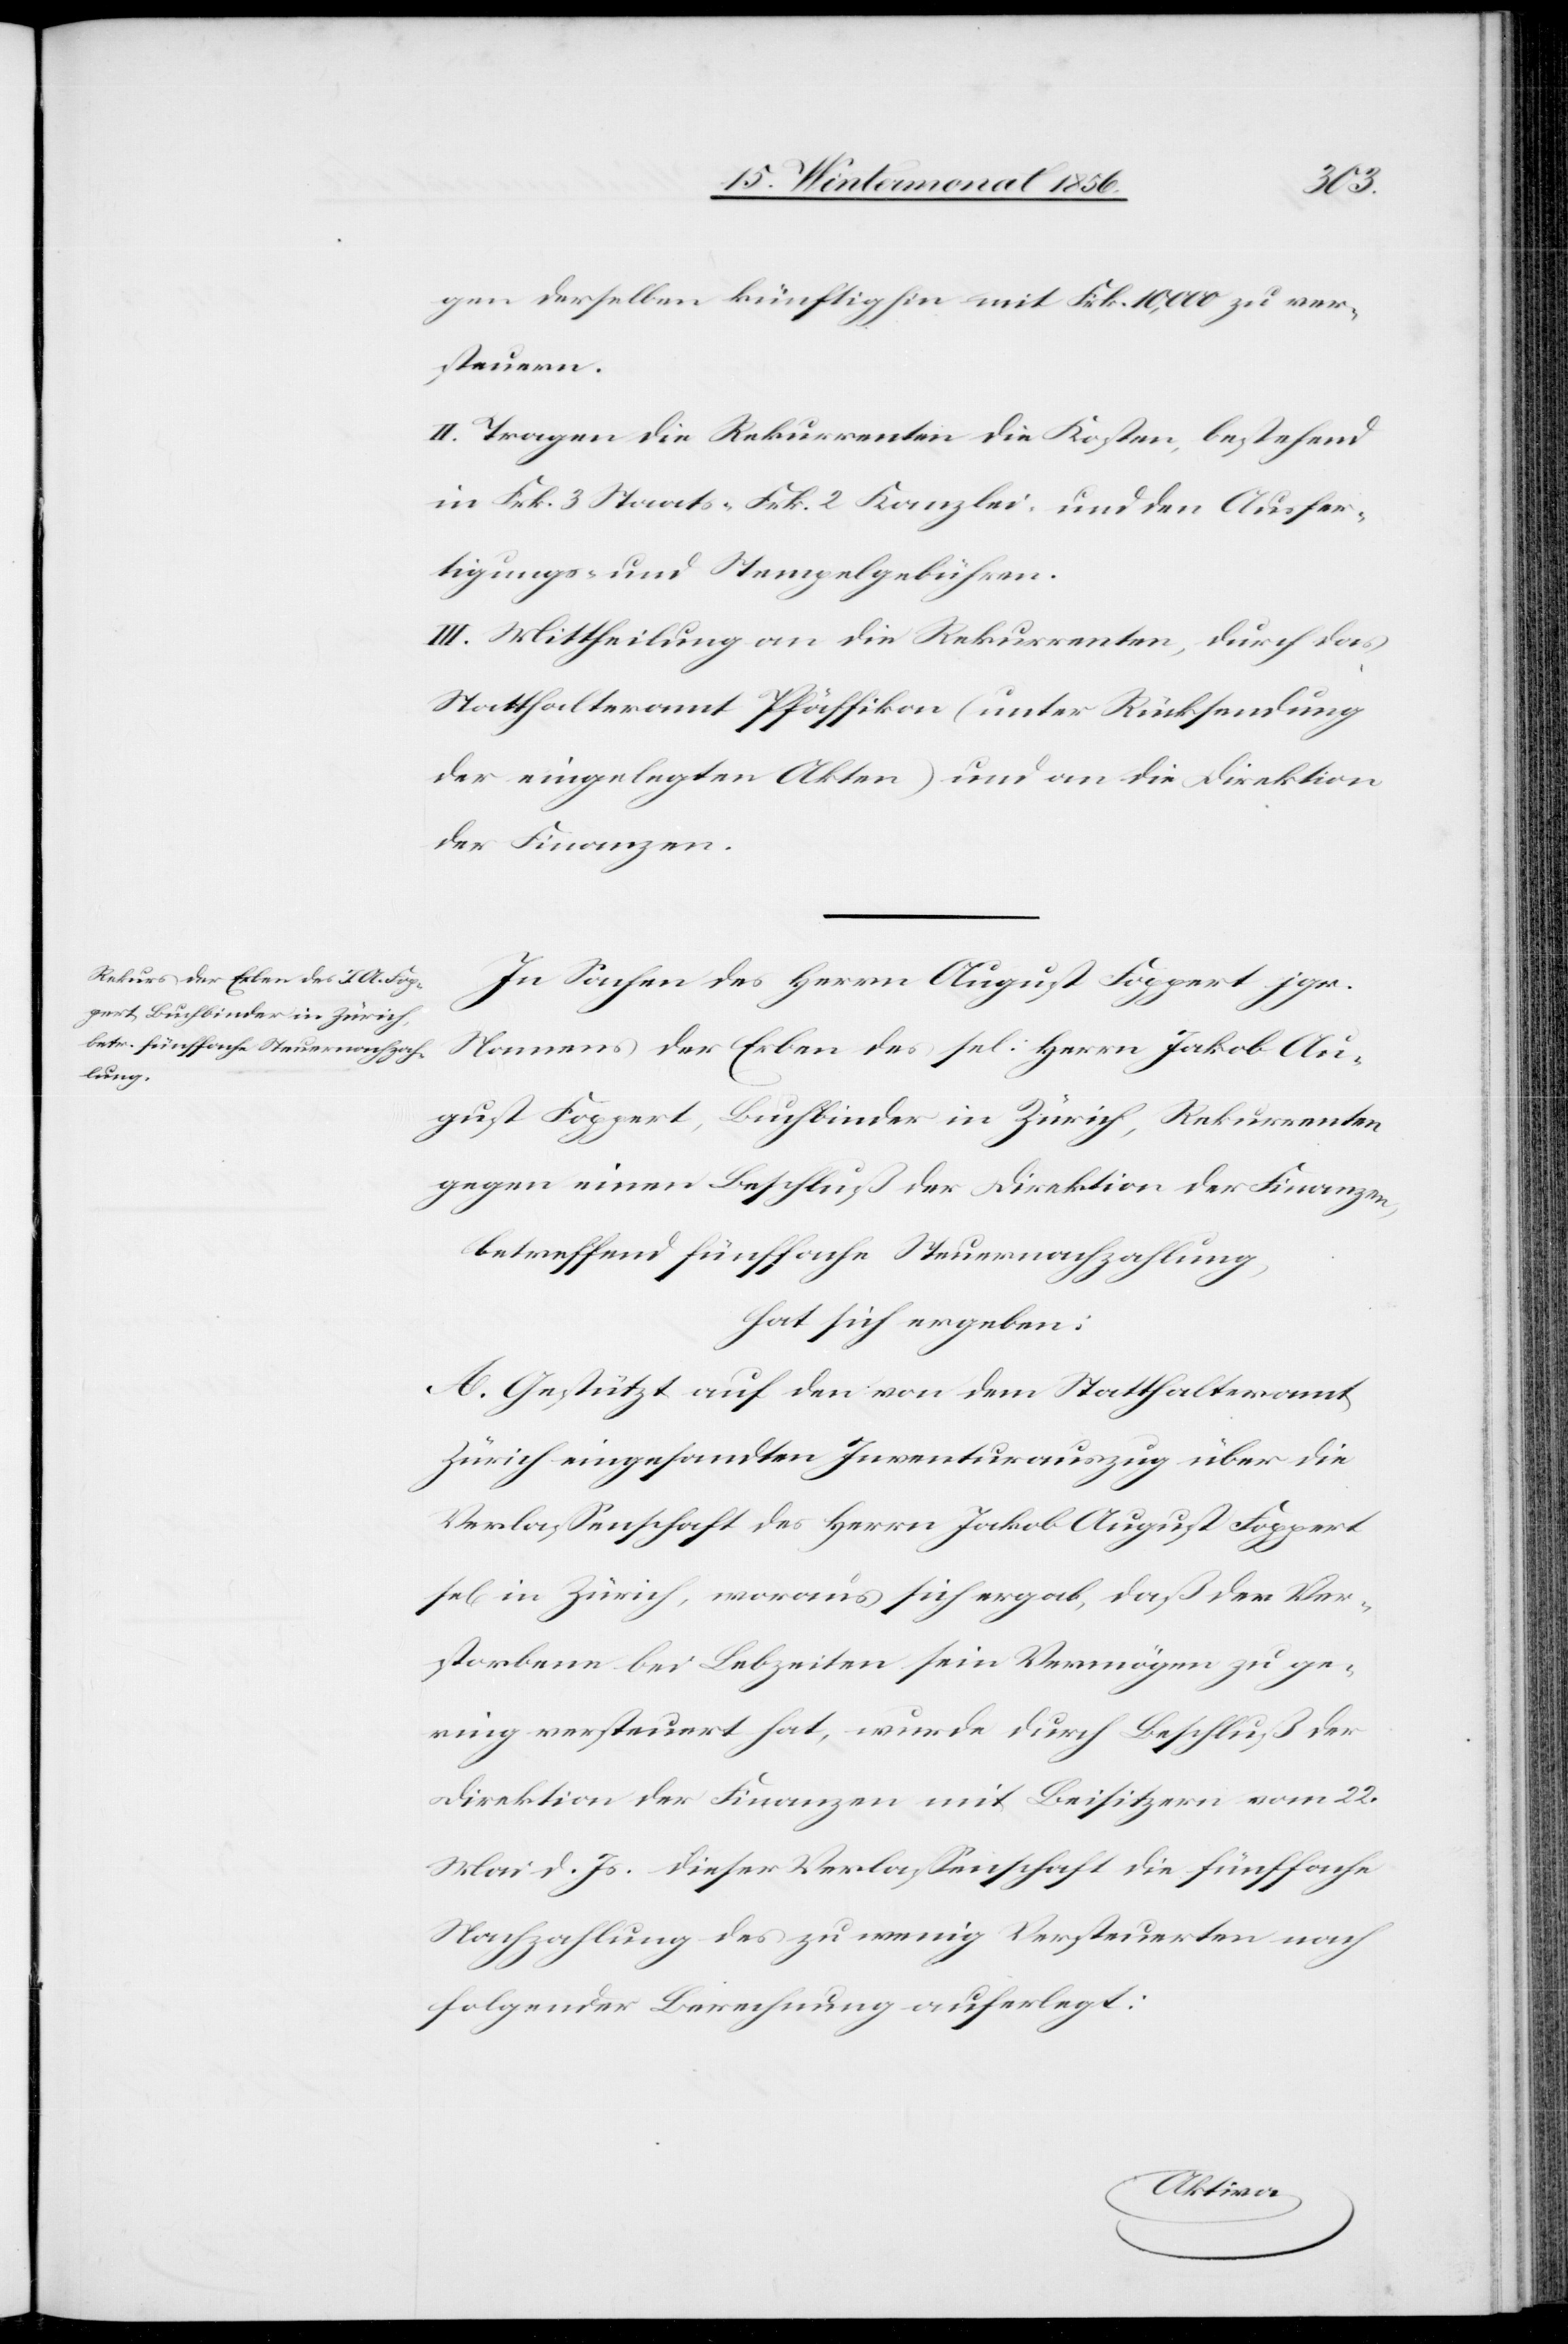
gen derselben künftighin mit Frk. 10,000 zu ver¬
steuern.
II. Tragen die Rekurrenten die Kosten, bestehend
in Frk. 3 Staats-[,] Frk. 2 Kanzlei- und den Ausfer¬
tigungs- und Stempelgebühren.
III. Mittheilung an die Rekurrenten, durch das
Statthalteramt Pfäffikon (unter Rücksendung
der eingelegten Akten) und an die Direktion
der Finanzen.
In Sachen des Herrn August Foppert jgr.
Namens der Erben des sel: Herrn Jakob Au¬
gust Foppert, Buchbinder in Zürich, Rekurrenten
gegen einen Beschluß der Direktion der Finanzen,
hat sich ergeben:
A. Gestützt auf den von dem Statthalteramt
Zürich eingesandten Inventurauszug über die
Verlassenschaft des Herrn Jakob August Foppert
sel[ig] in Zürich, woraus sich ergab, daß der Ver¬
storbene bei Lebzeiten sein Vermögen zu ge¬
ring versteuert hat, wurde durch Beschluß der
Direktion der Finanzen mit Beisitzern vom 22.
Mai d. Js. dieser Verlassenschaft die fünffache
Nachzahlung des zu wenig Versteuerten nach
folgender Berechnung auferlegt: